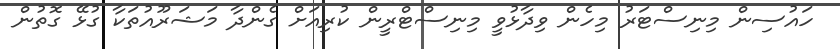
ހައުސިން މިނިސްޓަރު މިހެން ވިދާޅުވީ މިނިސްޓްރީން ކުރިއަށް ގެންދާ މަޝަރޫއުތަކާ ގުޅޭ ގޮތުން